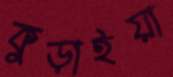
কুড়াইয়া